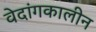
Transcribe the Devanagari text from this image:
वेदांगकालीन